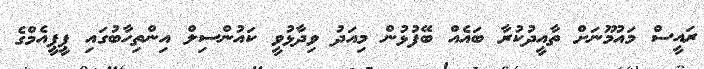
ރައީސް މައުމޫނަށް ތާއީދުކުރާ ބައެއް ބޭފުޅުން މިއަދު ވިދާޅުވީ ކައުންސިލް އިންތިހާބުގައި ޕީޕީއެމްގެ